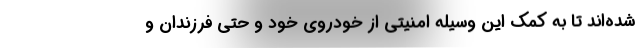
شده‌اند تا به کمک این وسیله امنیتی از خودروی خود و حتی فرزندان و